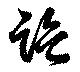
監